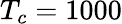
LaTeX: T_{c}=1000